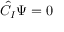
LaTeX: { \hat { C } } _ { I } \Psi = 0